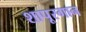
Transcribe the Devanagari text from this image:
शापूरगान